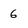
Character: 6